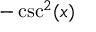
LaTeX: - \csc ^ { 2 } ( x )